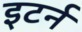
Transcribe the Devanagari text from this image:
इटर्न